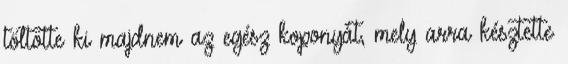
töltötte ki majdnem az egész koponyát, mely arra késztette